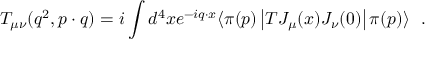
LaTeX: T _ { \mu \nu } ( q ^ { 2 } , p \cdot q ) = i \int d ^ { 4 } x e ^ { - i q \cdot x } \langle \pi ( p ) \left| T J _ { \mu } ( x ) J _ { \nu } ( 0 ) \right| \pi ( p ) \rangle \ \ .